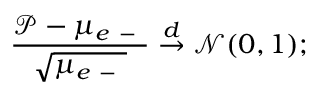
\frac { \mathscr P - \mu _ { e \mathrm { ~ - ~ } } } { \sqrt { \mu _ { e \mathrm { ~ - ~ } } } } \overset { d } { \to } \mathcal N ( 0 , 1 ) ;